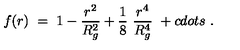
f ( r ) \ = \ 1 - \frac { r ^ { 2 } } { R _ { g } ^ { 2 } } + \frac 1 8 \ \frac { r ^ { 4 } } { R _ { g } ^ { 4 } } \ + c d o t s \ .